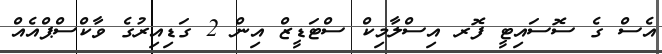
އެސް ގެ ސޮސައިޓީ ފޮރ އިސްލާމިކް ސްޓަޑީޒް އިން 2 ގަޑިއިރުގެ ވާކްސްޕްއެއް